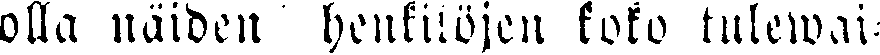
olla näiden henkilöjen koko tulewai-